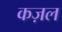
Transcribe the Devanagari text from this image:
कज़ल